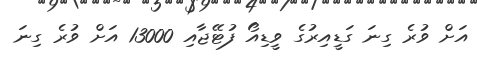
އަށް ވުރެ ގިނަ ގަޑީއިރުގެ ވީޑިއޯ ފުޓޭޖާއި 13000 އަށް ވުރެ ގިނަ